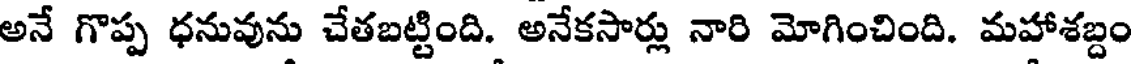
అనే గొప్ప ధనువును చేతబట్టింది. అనేకసార్లు నారి మోగించింది. మహాశబ్దం